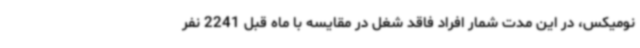
نومیکس، در این مدت شمار افراد فاقد شغل در مقایسه با ماه قبل 2241 نفر